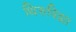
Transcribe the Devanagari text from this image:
थिरुविझा